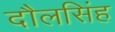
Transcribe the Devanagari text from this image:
दौलसिंह